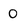
Character: 0